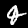
Label: 4